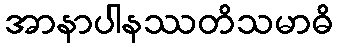
အာနာပါနဿတိသမာဓိ